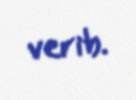
verib.